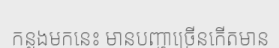
កន្លងមកនេះ មានបញ្ហាច្រើនកើតមាន